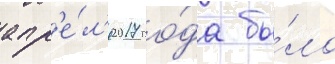
апр'е́л'я 2017 го́да бы́ло